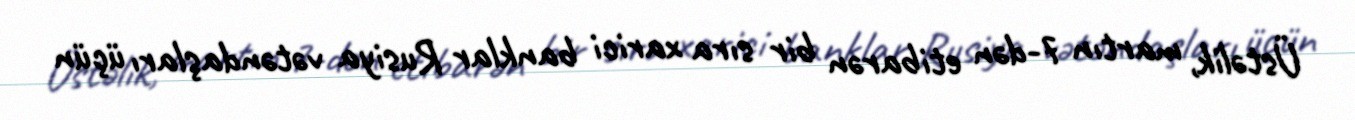
Üstəlik, martın 7-dən etibarən bir sıra xarici banklar Rusiya vətəndaşları üçün